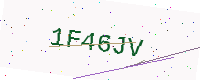
Text: 1F46JV